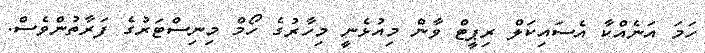
ހަމަ އަނެއްކާ އެސައިކަލް ރިޕީޓް ވާން މިއުޅެނީ މިހާރުގެ ހޯމް މިނިސްޓަރުގެ ފަރާތުންވެސް.